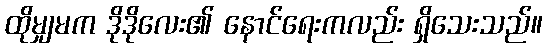
ထိုမျှမက ဒိုဒိုလေး၏ နောင်ရေးကလည်း ရှိသေးသည်။